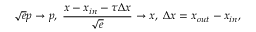
{ \sqrt { e } } p \rightarrow p , \; \frac { x - x _ { i n } - \tau { \Delta x } } { \sqrt e } \rightarrow x , \; { \Delta x } = x _ { o u t } - x _ { i n } , \,